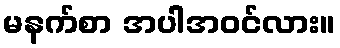
မနက်စာ အပါအဝင်လား။